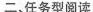
二、任务型阅读